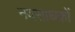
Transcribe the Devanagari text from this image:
नवसाधकों